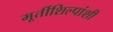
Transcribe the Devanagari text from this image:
मूर्तीशिल्पांशी